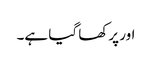
اور پرکھا گیا ہے۔